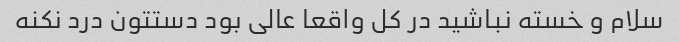
سلام و خسته نباشید در کل واقعا عالی بود دستتون درد نکنه